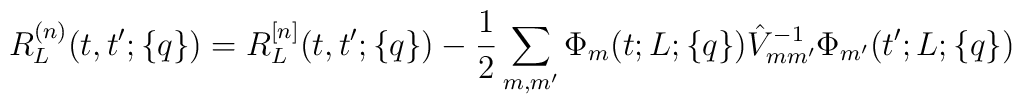
R_L^{(n)}(t,t';\{q\})= R_L^{[n]}(t,t';\{q\}) -\frac{1}{2}\sum_{m,m'}\Phi_m(t;L;\{q\})\hat V_{mm'}^{-1}\Phi_{m'}(t';L;\{q\})